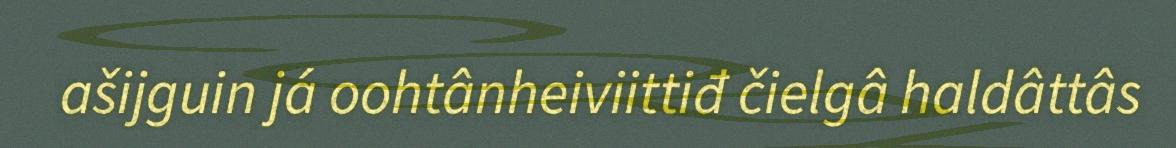
ašijguin já oohtânheiviittiđ čielgâ haldâttâs